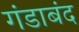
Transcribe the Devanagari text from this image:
गंडाबंद